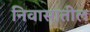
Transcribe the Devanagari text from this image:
निवासातील